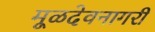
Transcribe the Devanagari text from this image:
मूळदेवनागरी